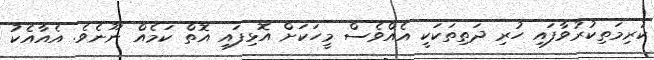
ކުރިމަތިކުރުވާފައި ހުރި ދަތިތަކަކީ އެއްވެސް މީހަކަށް އޮޅިފައި އޮތް ކަމެއް ނޫނެވެ. އެއާއެކު